Vaccination report Assam 1896-1927 - 1896-1927
Year: 1896
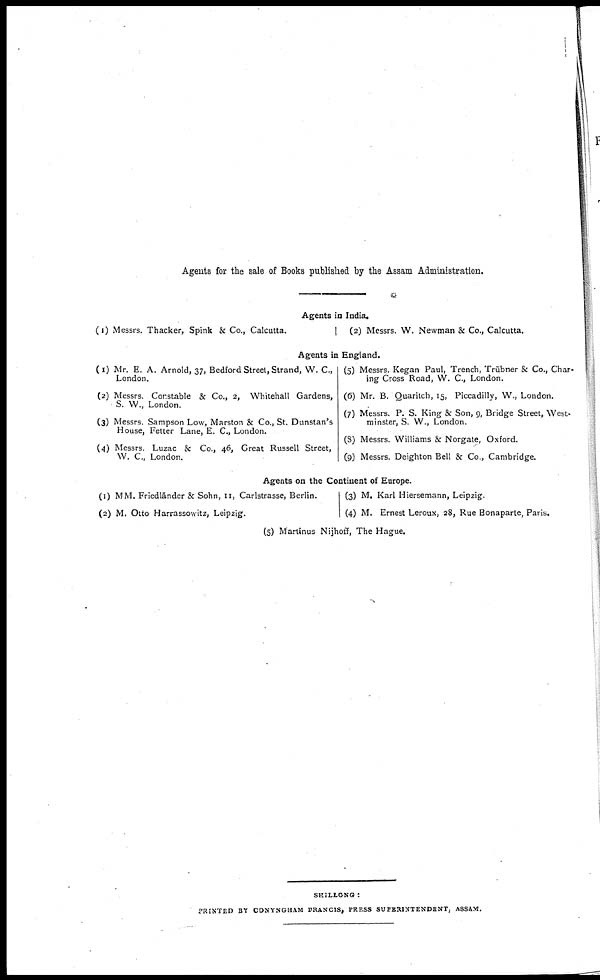
Agents for the sale of Books published by the Assam Administration.
Agents in India.
(1) Messrs. Thacker, Spink & Co., Calcutta.
(2) Messrs. W. Newman & Co., Calcutta.
Agents in England.
(1) Mr. E. A. Arnold, 37, Bedford Street, Strand, W. C.,
London.
(2) Messrs Corstable & Co., 2, Whitehall Gardens,
S. W., London.
(3) Messrs. Sampson Low, Marston & Co., St. Dunstan's
House, Fetter Lane, E. C., London.
(4) Messrs. Luzac & Co., 46, Great Russell Street,
W. C., London.
(5) Messrs. Kegan Paul, Trench, Trübner & Co., Char-
ing Cross Road, W. C., London.
(6) Mr. B. Quaritch, 15, Piccadilly, W., London.
(7) Messrs. P. S. King & Son, 9, Bridge Street, West-
minster, S. W., London.
(8) Messrs. Williams & Norgate, Oxford.
(9) Messrs. Deighton Bell & Co., Cambridge.
Agents on the Continent of Europe.
(1) MM. Friedländer & Sohn, 11, Carlstrasse, Berlin.
(2) M. Otto Harrassowitz, Leipzig.
(3) M. Karl Hiersemann, Leipzig.
(4) M. Ernest Leroux, 28, Rue Bonaparte, Paris.
(5) Martänus Nijhoff, The Hague.
SHILLONG :
PRINTED BY CONYNGHAM FRANCIS, PRESS SUPERINTENDENT, ASSAM.